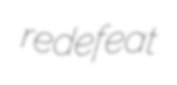
redefeat